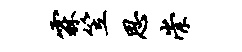
霖笠思崇